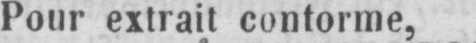
Pour extrait conforme,